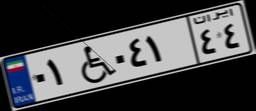
۰۱W۰۴۱۴۴